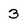
Character: 3